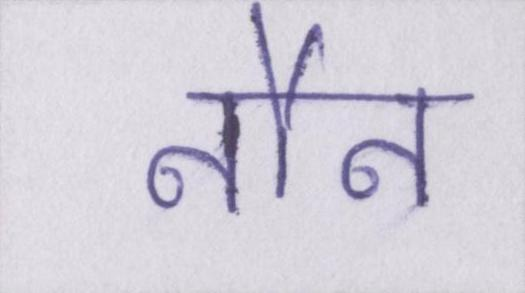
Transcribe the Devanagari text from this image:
नौन